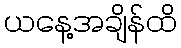
ယနေ့အချိန်ထိ